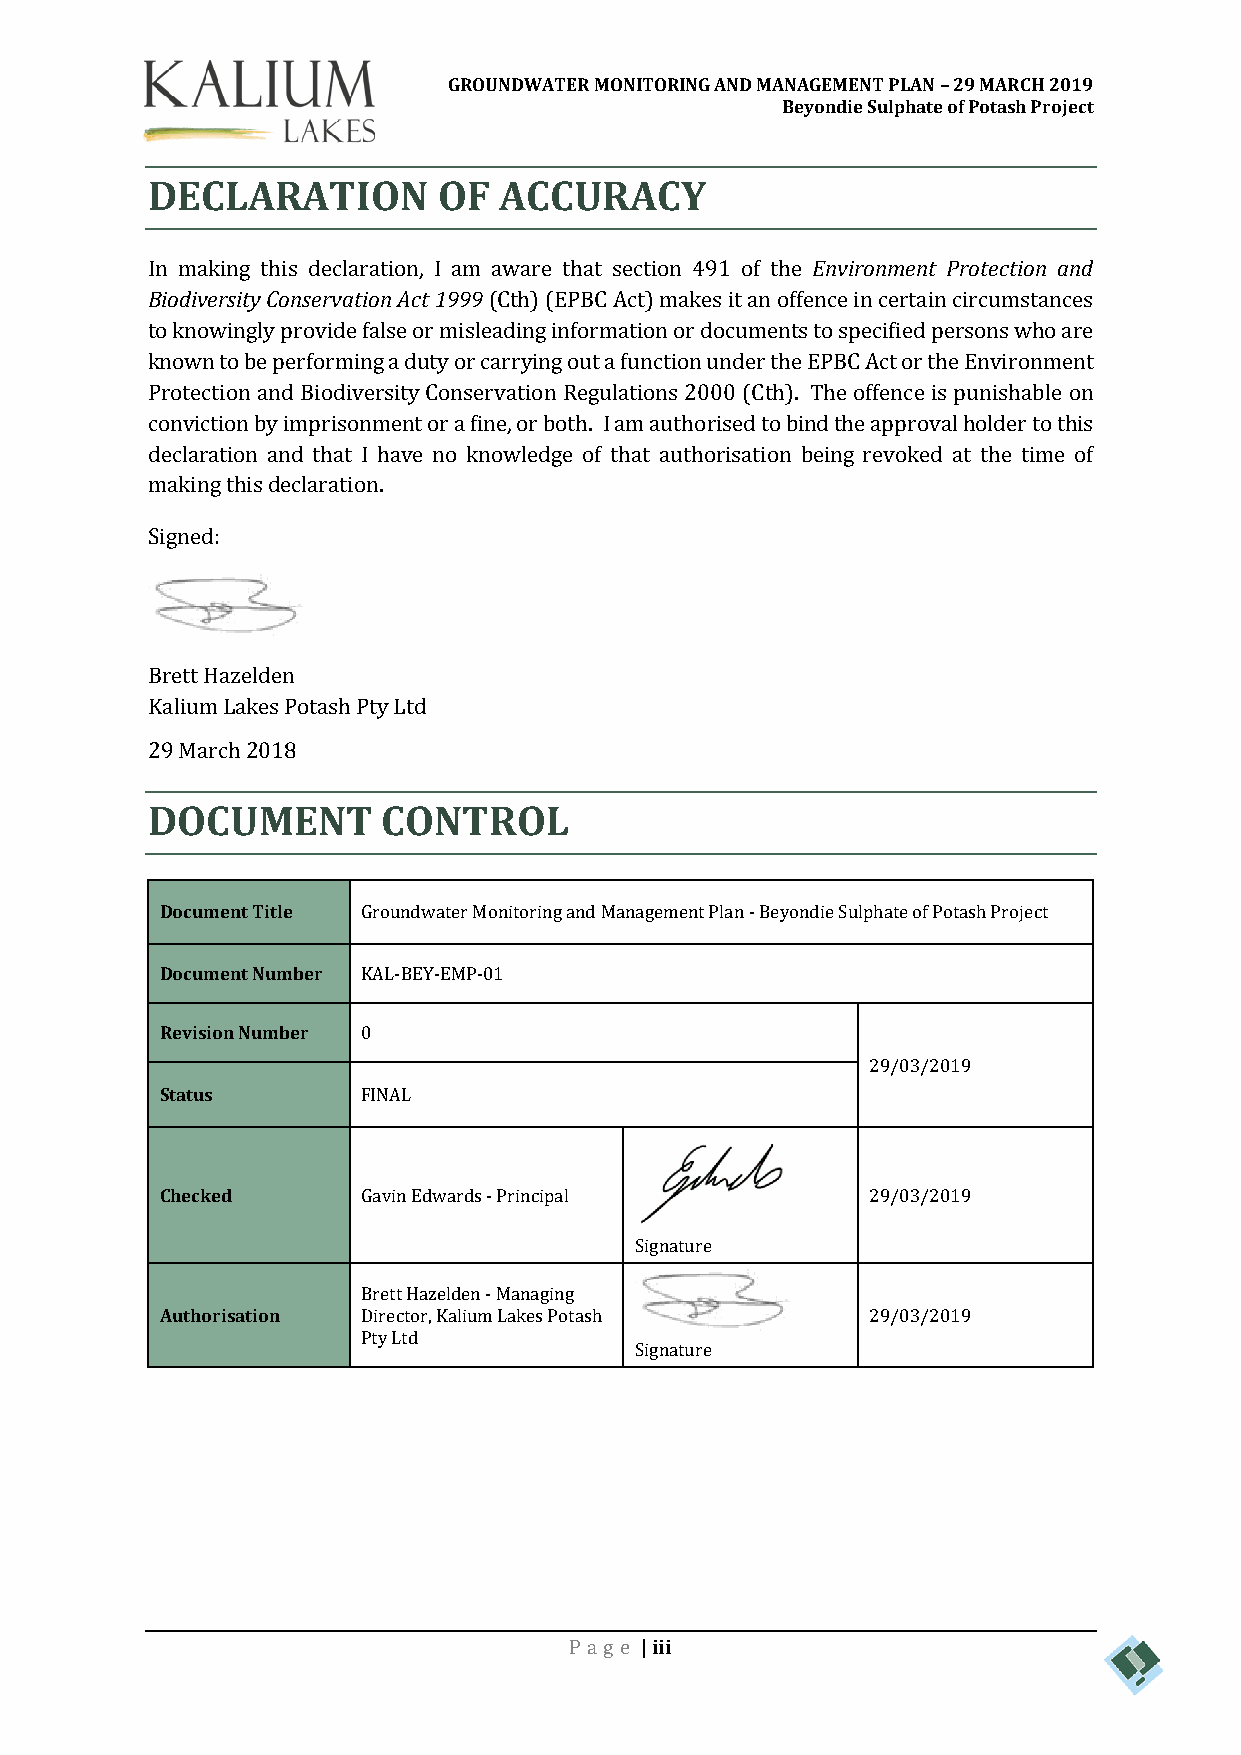
GROUNDWATER MONITORING AND MANAGEMENT PLAN – 29 MARCH 2019
 Beyondie Sulphate of Potash Project
 DECLARATION        OF  ACCURACY
 In making this declaration, I am aware that section 491 of the Environment Protection and
 Biodiversity Conservation Act 1999 (Cth) (EPBC Act) makes it an offence in certain circumstances
 to knowingly provide false or misleading information or documents to specified persons who are
 known to be performing a duty or carrying out a function under the EPBC Act or the Environment
 Protection and Biodiversity Conservation Regulations 2000 (Cth). The offence is punishable on
 conviction by imprisonment or a fine, or both. I am authorised to bind the approval holder to this
 declaration and that I have no knowledge of that authorisation being revoked at the time of
 making this declaration.
 Signed:
 Brett Hazelden
 Kalium Lakes Potash Pty Ltd
 29 March 2018
 DOCUMENT       CONTROL
 Document Title Groundwater Monitoring and Management Plan - Beyondie Sulphate of Potash Project
 Document Number KAL-BEY-EMP-01
 Revision Number 0
 29/03/2019
 Status       FINAL
 Checked      Gavin Edwards - Principal         29/03/2019
 Signature
 Brett Hazelden - Managing
 Authorisation Director, Kalium Lakes Potash    29/03/2019
 Pty Ltd
 Signature
 Pa ge | iii